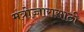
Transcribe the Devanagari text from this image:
मंत्रोच्चारासाठी